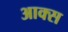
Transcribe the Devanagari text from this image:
आक्स